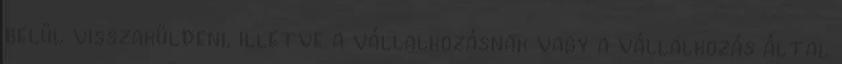
belül visszaküldeni, illetve a vállalkozásnak vagy a vállalkozás által